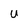
Character: U